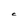
Character: C